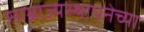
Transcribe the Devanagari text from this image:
साम्राज्यस्थापनेच्या